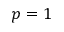
p = 1